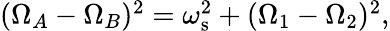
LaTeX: \begin{array}{r}{(\Omega_{A}-\Omega_{B})^{2}=\omega_{\mathrm{s}}^{2}+(\Omega_{1}-\Omega_{2})^{2},}\end{array}